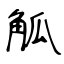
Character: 觚